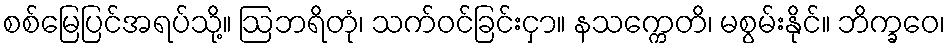
စစ်မြေပြင်အရပ်သို့။ ဩဘရိတုံ၊ သက်ဝင်ခြင်းငှာ။ နသက္ကေတိ၊ မစွမ်းနိုင်။ ဘိက္ခဝေ၊